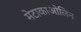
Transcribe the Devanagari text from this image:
मेटाकाओलिन